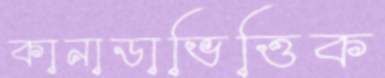
কানাডাভিত্তিক